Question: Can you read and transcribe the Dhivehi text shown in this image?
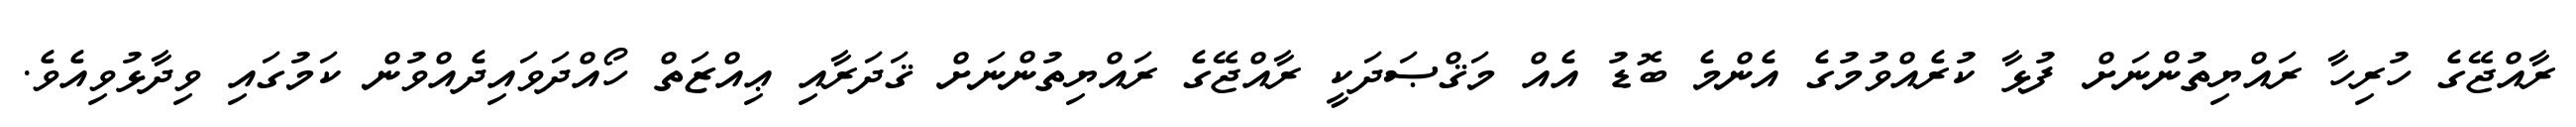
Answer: ރާއްޖޭގެ ހުރިހާ ރައްޔިތުންނަށް ފުޅާ ކުރެއްވުމުގެ އެންމެ ބޮޑު އެއް މަޤްޞަދަކީ ރާއްޖޭގެ ރައްޔިތުންނަށް ޤަދަރާއި ޢިއްޒަތް ހޯއްދަވައިދެއްވުން ކަމުގައި ވިދާޅުވިއެވެ.